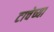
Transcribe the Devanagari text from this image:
टाचेच्या